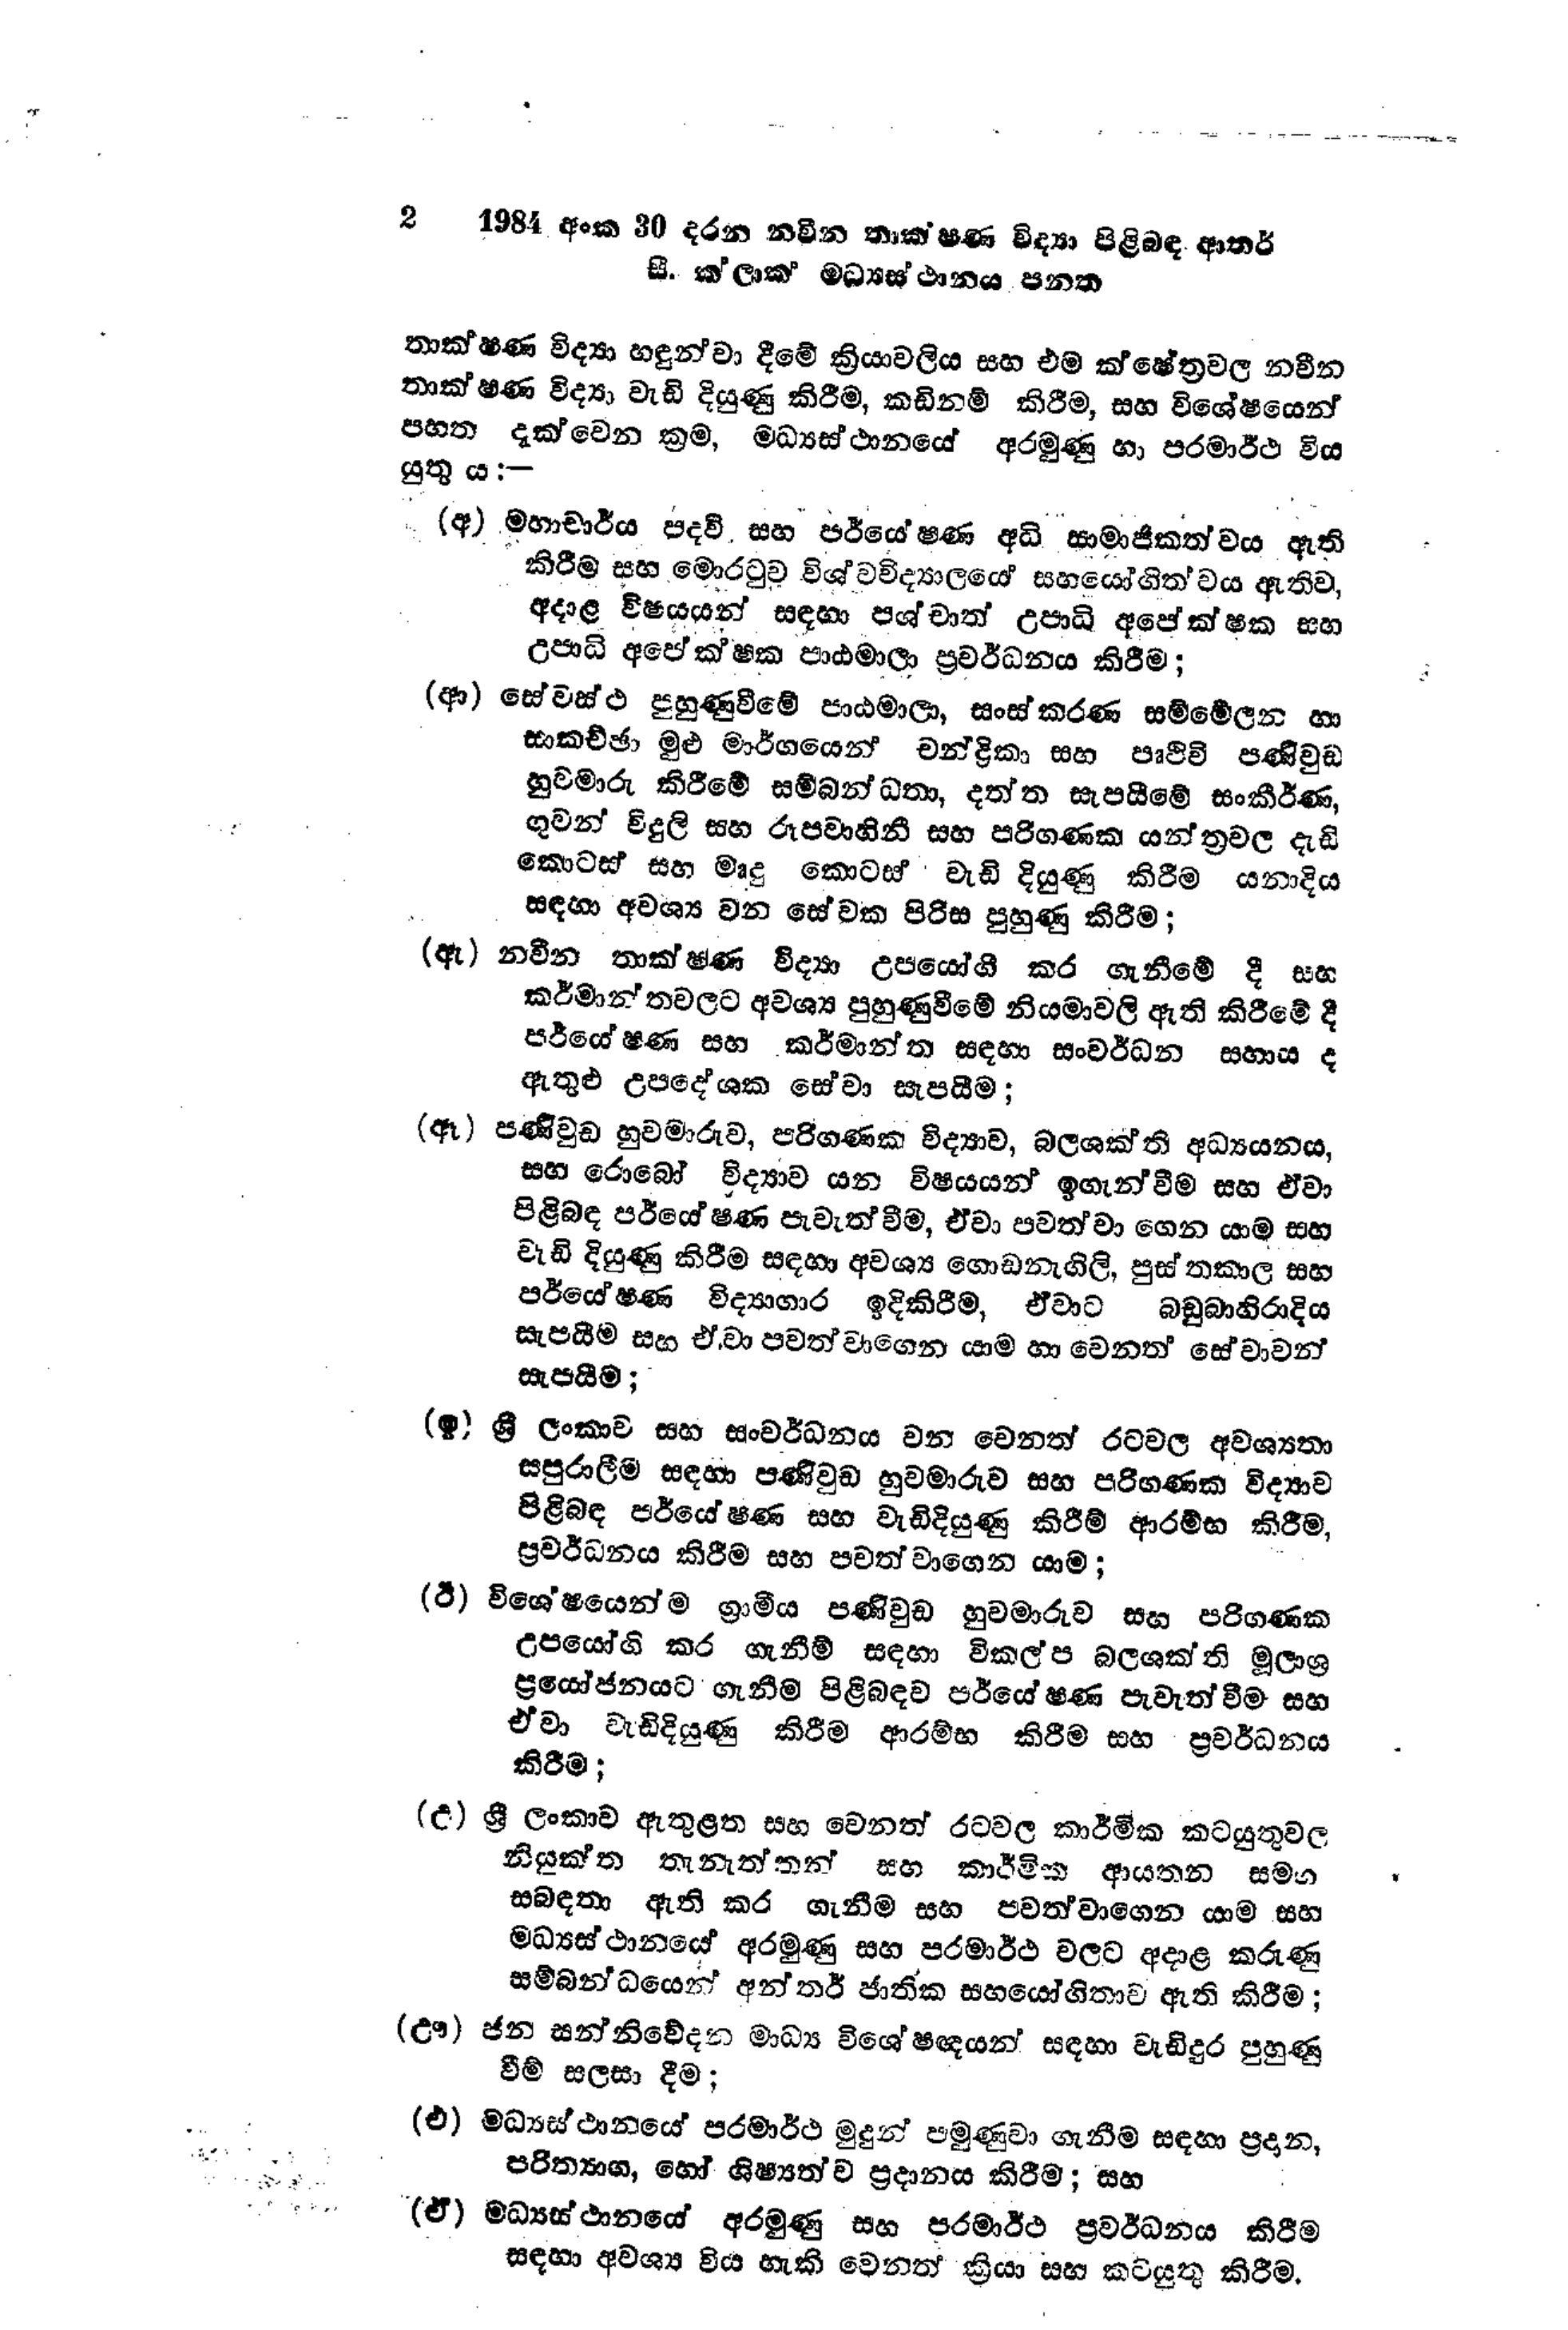
2 1984 අංක 30 දරන නවීන තාක්ෂණ විද්‍යා පිළිබඳ ආතර්
සී.ක්ලාක මධ්‍යස්ථානය පනත

තාක්ෂණ විද්‍යා හඳුන්වා දීමේ ක්‍රියාවලිය සහ එම ක්ෂේත්‍රවල නවීන
තාක්ෂණ විද්‍යා වැඩි දියුණු කිරීම, කඩිනම් කිරීම, සහ විශේෂයෙන්
පහත දැක්වෙන ක්‍රම, මධ්‍යස්ථානයේ අරමුණු හා පරමාර්ථ විය
යුතු ය:-

(අ) මහාචාර්ය පදවි සහ පර්යේෂණ අධි සාමාජිකත්වය ඇති
කිරීම සහ මොරටුව විශ්වවිද්‍යාලයේ සහයෝගිතවය ඇතිව,
අදාළ විෂයයන් සඳහා පශ්චාත් උපාධි අපේක්ෂක සහ
උපාධි අපේක්ෂක පාඨමාලා ප්‍රවර්ධනය කිරීම;

(ආ) සේවස්ථ පුහුණුවීමේ පාඨමාලා, සංස්කරණ සම්මේලන හා
සාකච්ඡා මුළු මාර්ගයෙන් චන්ද්‍රිකා සහ පෘථිවි පණිවුඩ
හුවමාරු කිරීමේ සම්බන්ධතා, දත්ත සැපයීමේ සංකීර්ණ,
ගුවන් විදුලි සහ රූපවාහිනී සහ පරිගණක යන්ත්‍රවල දැඩි
කොටස් සහ මෘදු කොටස් වැඩි දියුණු කිරීම යනාදිය
සඳහා අවශ්‍ය වන සේවක පිරිස පුහුණු කිරීම;

(ඇ) නවීන තාක්ෂණ විද්‍යා උපයෝගී කර ගැනීමේ දී සහ
කර්මාන්තවලට අවශ්‍ය පුහුණුවීමේ නියමාවලි ඇති කිරීමේ දී
පර්යේෂණ සහ කර්මාන්ත සඳහා සංවර්ධන සහාය ද
ඇතුළු උපදේශක සේවා සැපයීම;

(ඈ) පණිවුඩ හුවමාරුව, පරිගණක විද්‍යාව, බලශක්ති අධ්‍යයනය,
සහ රොබෝ විද්‍යාව යන විෂයයන් ඉගැන්වීම සහ ඒවා
පිළිබඳ පර්යේෂණ පැවැත්වීම, ඒවා පවත්වා ගෙන යාම සහ
වැඩි දියුණු කිරීම සඳහා අවශ්‍ය ගොඩනැගිලි, පුස්තකාල සහ
පර්යේෂණ විද්‍යාගාර ඉදිකිරීම, ඒවාට බඩුබාහිරාදිය
සැපයීම සහ ඒ වා පවත්වාගෙන යාම හා වෙනත් සේවාවන්
සැපයීම;

(ඉ) ශ්‍රී ලංකාව සහ සංවර්ධනය වන වෙනත් රටවල අවශ්‍යතා
සපුරාලීම සඳහා පණිවුඩ හුවමාරුව සහ පරිගණක විද්‍යාව
පිළිබඳ පර්යේෂණ සහ වැඩිදියුණු කිරීම් ආරම්භ කිරීම,
ප්‍රවර්ධනය කිරීම සහ පවත්වාගෙන යාම;

(ඊ) විශේෂයෙන්ම ග්‍රාමීය පණිවුඩ හුවමාරුව සහ පරිගණක
උපයෝගි කර ගැනීම් සඳහා විකල්ප බලශක්ති මූලාශ්‍ර
ප්‍රයෝජනයට ගැනීම පිළිබඳව පර්යේෂණ පැවැත්වීම සහ
ඒවා වැඩිදියුණු කිරීම ආරම්භ කිරීම සහ ප්‍රවර්ධනය
කිරීම;

(උ) ශ්‍රී ලංකාව ඇතුළත සහ වෙනත් රටවල කාර්මික කටයුතුවල
නියුක්ත තැනැත්තන් සහ කාර්මික ආයතන සමග
සබඳතා ඇති කර ගැනීම සහ පවත්වාගෙන යාම සහ
මධ්‍යස්ථානයේ අරමුණු සහ පරමාර්ථ වලට අදාළ කරුණු
සම්බන්ධයෙන් අන්තර් ජාතික සහයෝගිතාව ඇති කිරීම;

(ඌ) ජන සන්නිවේදන මාධ්‍ය විශේෂඥයන් සඳහා වැඩිදුර පුහුණු
වීම් සලසා දීම;

(එ) මධ්‍යස්ථානයේ පරමාර්ථ මුදුන් පමුණුවා ගැනීම සඳහා ප්‍රදාන,
පරිත්‍යාග, හෝ ශිෂ්‍යත්ව ප්‍රදානය කිරීම; සහ

(ඒ) මධ්‍යස්ථානයේ අරමුණු සහ පරමාර්ථ ප්‍රවර්ධනය කිරීම
සඳහා අවශ්‍ය විය හැකි වෙනත් ක්‍රියා සහ කටයුතු කිරීම.